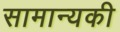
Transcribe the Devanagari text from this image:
सामान्यकी